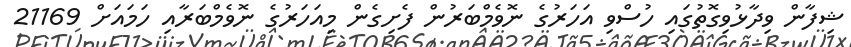
ޝިފާން ވިދާޅުވިގޮތުގައި ހުސްވި އަހަރުގެ ނޮވެމްބަރުން ފެށިގެން މިއަހަރުގެ ނޮވެމްބަރާއި ހަމައަށް 21169